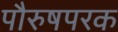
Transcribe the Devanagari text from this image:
पौरुषपरक